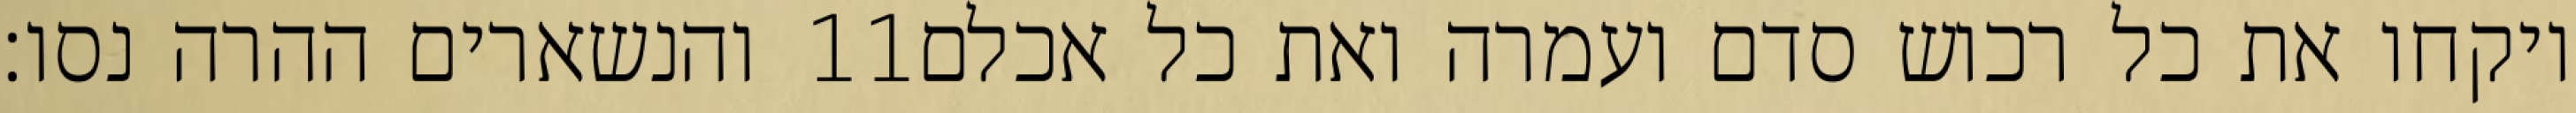
והנשארים ההרה נסו׃ ‎11‏ ויקחו את כל רכוש סדם ועמרה ואת כל אכלם